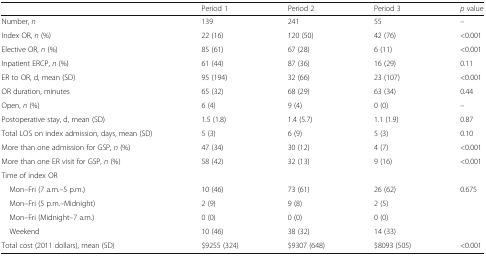
<table><thead><tr><td></td><td><b>Period 1</b></td><td><b>Period 2</b></td><td><b>Period 3</b></td><td><b><i>p</i> value</b></td></tr></thead><tbody><tr><td>Number, <i>n</i></td><td>139</td><td>241</td><td>55</td><td>–</td></tr><tr><td>Index OR, <i>n</i> (%)</td><td>22 (16)</td><td>120 (50)</td><td>42 (76)</td><td>&lt;0.001</td></tr><tr><td>Elective OR, <i>n</i> (%)</td><td>85 (61)</td><td>67 (28)</td><td>6 (11)</td><td>&lt;0.001</td></tr><tr><td>Inpatient ERCP, <i>n</i> (%)</td><td>61 (44)</td><td>87 (36)</td><td>16 (29)</td><td>0.11</td></tr><tr><td>ER to OR, d, mean (SD)</td><td>95 (194)</td><td>32 (66)</td><td>23 (107)</td><td>&lt;0.001</td></tr><tr><td>OR duration, minutes</td><td>65 (32)</td><td>68 (29)</td><td>63 (34)</td><td>0.44</td></tr><tr><td>Open, <i>n</i> (%)</td><td>6 (4)</td><td>9 (4)</td><td>0 (0)</td><td>–</td></tr><tr><td>Postoperative stay, d, mean (SD)</td><td>1.5 (1.8)</td><td>1.4 (5.7)</td><td>1.1 (1.9)</td><td>0.87</td></tr><tr><td>Total LOS on index admission, days, mean (SD)</td><td>5 (3)</td><td>6 (9)</td><td>5 (3)</td><td>0.10</td></tr><tr><td>More than one admission for GSP, <i>n</i> (%)</td><td>47 (34)</td><td>30 (12)</td><td>4 (7)</td><td>&lt;0.001</td></tr><tr><td>More than one ER visit for GSP, <i>n</i> (%)</td><td>58 (42)</td><td>32 (13)</td><td>9 (16)</td><td>&lt;0.001</td></tr><tr><td colspan="5">Time of index OR</td></tr><tr><td> Mon–Fri (7 a.m.–5 p.m.)</td><td>10 (46)</td><td>73 (61)</td><td>26 (62)</td><td>0.675</td></tr><tr><td> Mon–Fri (5 p.m.–Midnight)</td><td>2 (9)</td><td>9 (8)</td><td>2 (5)</td><td></td></tr><tr><td> Mon–Fri (Midnight–7 a.m.)</td><td>0 (0)</td><td>0 (0)</td><td>0 (0)</td><td></td></tr><tr><td> Weekend</td><td>10 (46)</td><td>38 (32)</td><td>14 (33)</td><td></td></tr><tr><td>Total cost (2011 dollars), mean (SD)</td><td>$9255 (324)</td><td>$9307 (648)</td><td>$8093 (505)</td><td>&lt;0.001</td></tr></tbody></table>